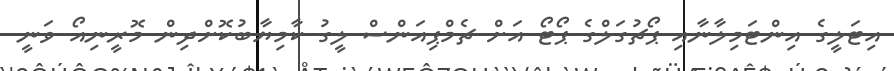
އިޓަލީގެ އިންޓަމިލާނާއި ޕޯޗުގަލްގެ ޕޯޓޯ އަށް ޗެމްޕިއަންސް ލީގު ކާމިޔާބުކޮށްދިން މޮރީނިއޯ ވަނީ